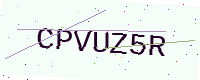
Text: CPVUZ5R